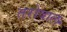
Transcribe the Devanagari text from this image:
तरोवाल